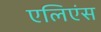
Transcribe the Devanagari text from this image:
एलिएंस